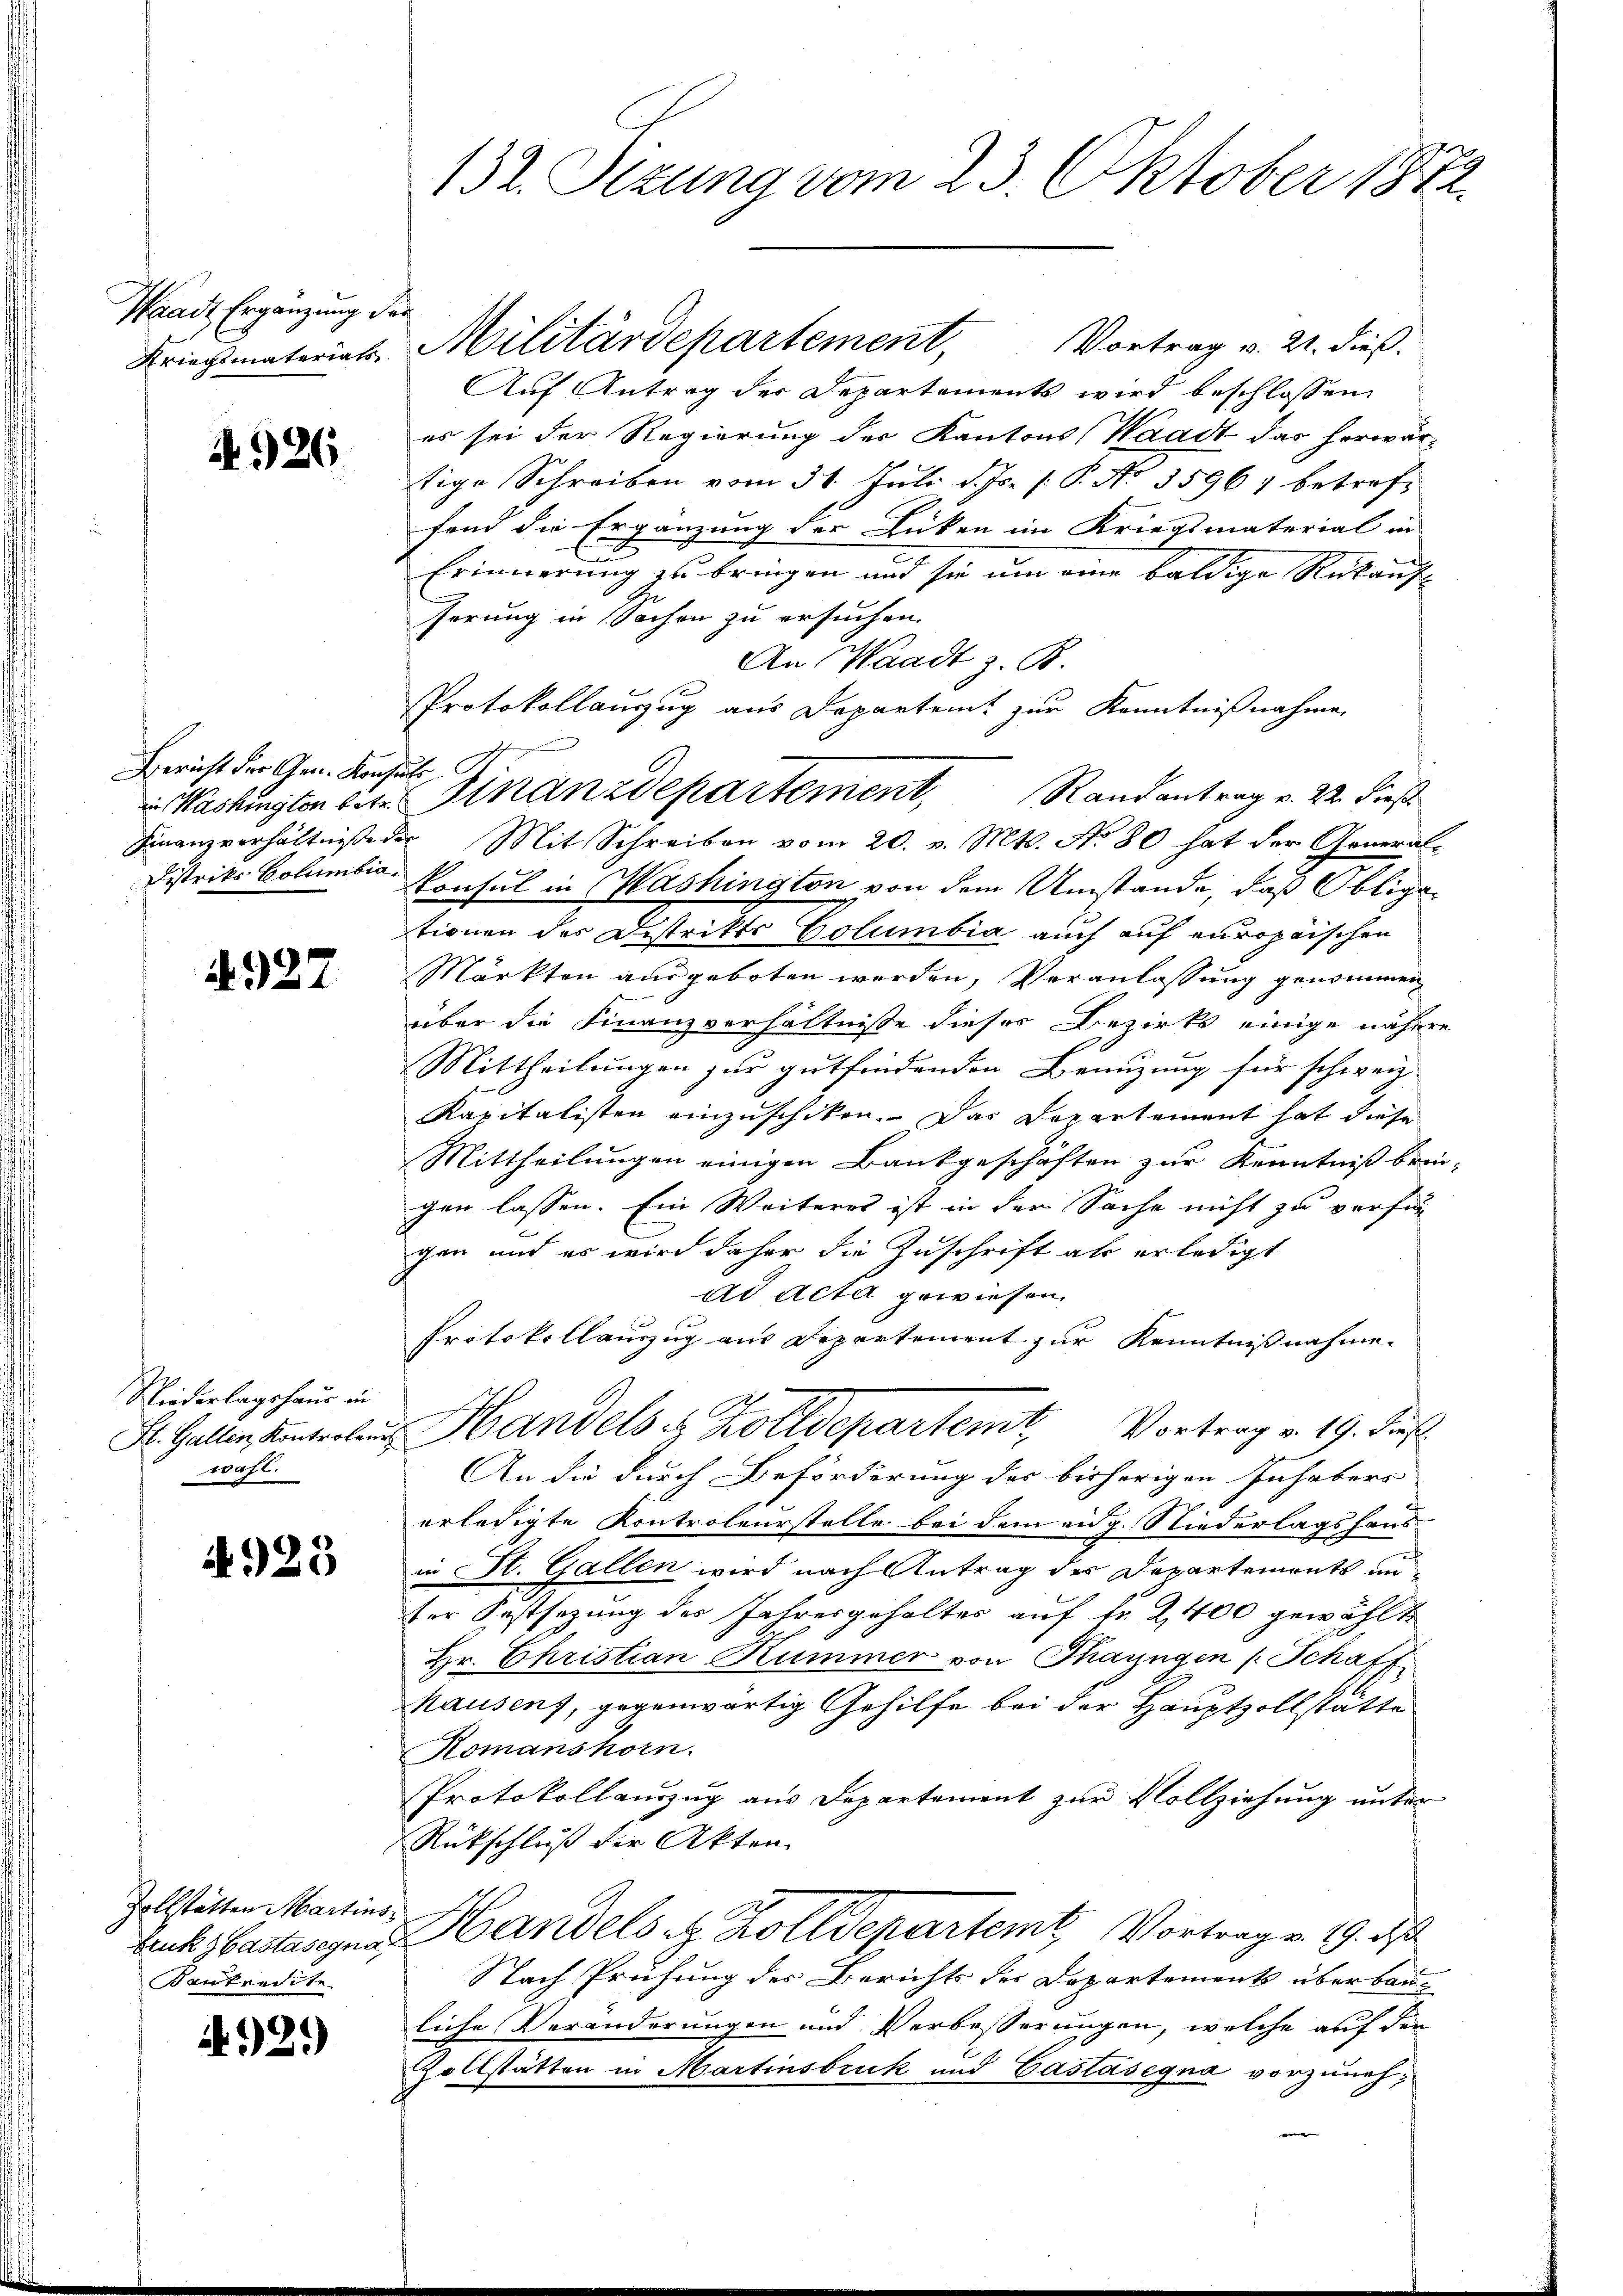
Waadt Ergänzung de
Kriegsmateriat

4926

Bericht der Gen. Konse
in Washington betr.
Finanzverhältnisse de
Distriks Columbia¬

4927

Niederlagshaus in
St. Gallen Kontroleur
wafl.

4925

Zollstätten Martins
bruk bastasegna
Kaukredite.

921)

132. Sizung vom 23. Oktober 1872.

t
Militärdepartement, Vortrag v. 21. dieß.
Auf Antrag der Departements wird beschlossen:
es sei der Regierung der Kantons (Waadt das herwärtige Schreiben vom 31. Juli d. Js. 1. P. No 3596) betreff
fend die Ergänzung der Lücken im Kriegsmaterial in
E
Erinnerung zu bringen und sie um eine baldige Rükauf
serung in Sachen zu ersuchen.
An Waadt z. B.
Protokollauszug aus Departeit zur Kenntnißnahme,
f
 Mit Schreiben vom 20. v. Mts. No 80 hat der General-
Konsul in Mashington von dem Umstände, daß Obligationen der Distrikte Columbia auch auf europäischen
Märkten ausgeboten werden, Veranlassung genommen
über die Finanzverhältnisse dieses Bezirks einige nähere
Mittheilungen zur gutfindenden Benuzung für schweiz
Kapitalisten einzuschiken. Das Departement hat diese
Mittheilungen einigen Bankgeschäften zur Kenntniß brin-
gen lassen. Ein Weiteres ist in der Sache nicht zu verfun
gen und es wird daher die Zuschrift als erledigt
ad Acta gewiesen.
Protokollauszug aus Departement zur Kenntnißnahme
Handels & Zolldepartemt. Vortrag v. 19. Jus
An die durch Beförderung des bisherigen Inhabers
erledigte Kontroleurstelle bei dem eidg. Niederlagshaus-
in St. Gallen wird nach Antrag des Departements anter Festsezung des Jahresgehaltes auf Fr. 2,400 gewählt
Hr. Christian Kummer von Thayngen (Schaff
hausens, gegenwärtig Gehilfe bei der Hauptzollstatte
Komanshorn.
Protokollanzug aus Departement zur Vollziehung unter
Rückschluß der Akten.
Handels. z. Zolldepartemt, Vortrag v. 19. des
Nach Prüfung des Berichts des Departements überbauliche Veränderungen und Verbesserungen, welche auf den
Zollstätten in Martinsbruk und Castásegna vorzunehe

Finanzdepartement, Randantrag v. 22. dieß